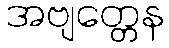
အဗျတ္တေန